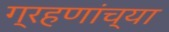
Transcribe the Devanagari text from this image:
ग्रहणांच्या